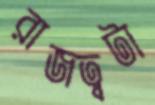
রাজত্বটা